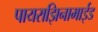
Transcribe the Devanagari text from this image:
पायराझिनामाईड